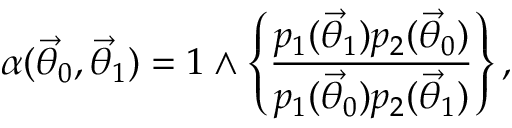
\alpha ( \ensuremath { \vec { \theta } } _ { 0 } , \ensuremath { \vec { \theta } } _ { 1 } ) = 1 \wedge \left\{ \frac { p _ { 1 } ( \ensuremath { \vec { \theta } } _ { 1 } ) p _ { 2 } ( \ensuremath { \vec { \theta } } _ { 0 } ) } { p _ { 1 } ( \ensuremath { \vec { \theta } } _ { 0 } ) p _ { 2 } ( \ensuremath { \vec { \theta } } _ { 1 } ) } \right\} ,